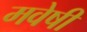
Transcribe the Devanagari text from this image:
मवेषी